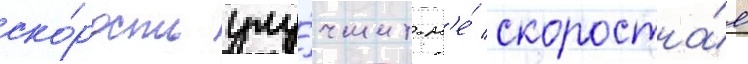
ско́рость улу́чшит н'е́ скоростна́я